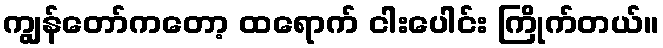
ကျွန်တော်ကတော့ ထရောက် ငါးပေါင်း ကြိုက်တယ်။